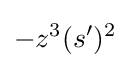
-z^{3}(s^{\prime })^{2}